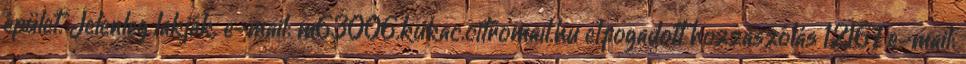
épület. Jelenleg lakják. e-mail: m63006.kukac.citromail.hu elfogadott hozzászólás 12167 e-mail: